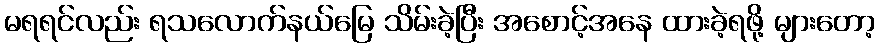
မရရင်လည်း ရသလောက်နယ်မြေ သိမ်းခဲ့ပြီး အစောင့်အနေ ထားခဲ့ရဖို့ များတော့